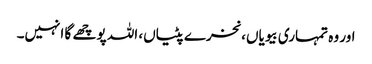
اور وہ تمہاری بیویاں، نخرے پٹیاں، اللہ پوچھے گا انہیں۔